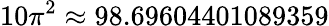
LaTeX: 10\pi^{2}\approx 98.69604401089359